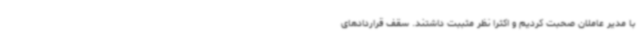
با مدیر عاملان صحبت کردیم و اکثرا نظر مثببت داشتند. سقف قراردادهای